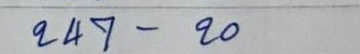
247 - 20